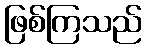
ဖြစ်ကြသည်